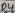
Text: D3